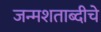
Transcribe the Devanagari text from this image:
जन्मशताब्दीचे